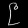
Digit: ၉